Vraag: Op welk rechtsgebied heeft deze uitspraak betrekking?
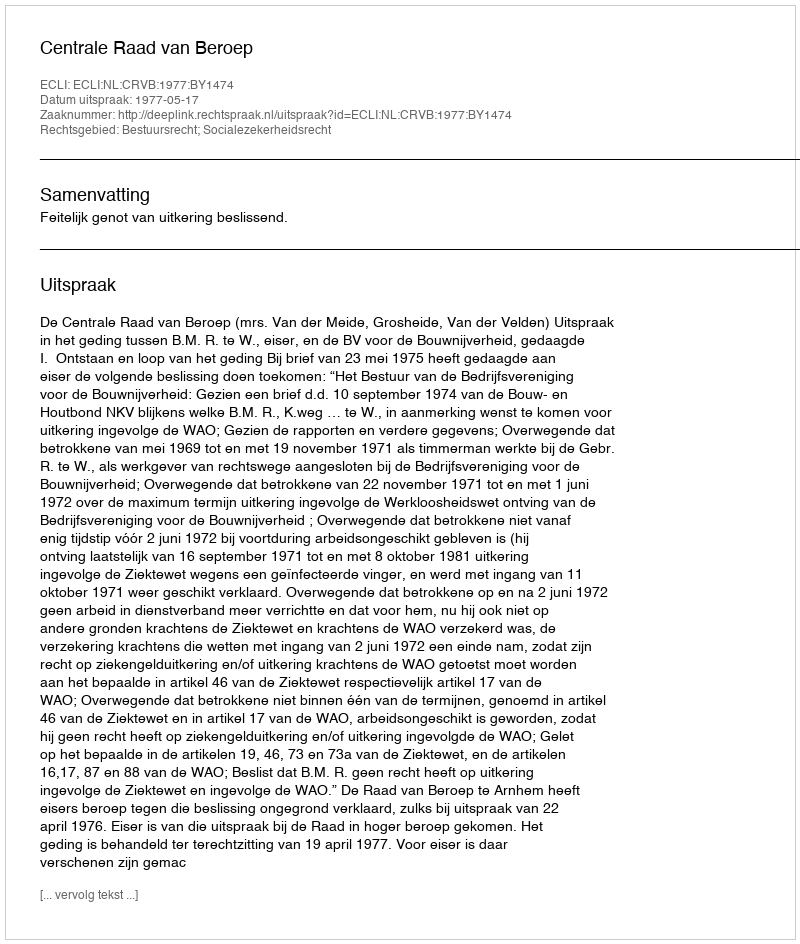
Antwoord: Bestuursrecht; Socialezekerheidsrecht